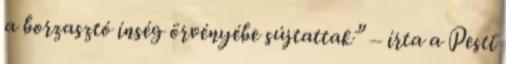
a borzasztó ínség örvényébe sújtattak” – írta a Pesti